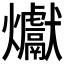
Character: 𪺉